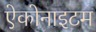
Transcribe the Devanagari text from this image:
ऐकोनाइटम